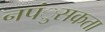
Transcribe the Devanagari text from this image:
नपंुसकता